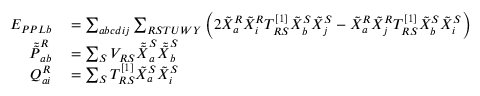
\begin{array} { r l } { E _ { P P L b } } & { { } = \sum _ { a b c d i j } \sum _ { R S T U W Y } \left( 2 \tilde { X } _ { a } ^ { R } \tilde { X } _ { i } ^ { R } T _ { R S } ^ { [ 1 ] } \tilde { X } _ { b } ^ { S } \tilde { X } _ { j } ^ { S } - \tilde { X } _ { a } ^ { R } \tilde { X } _ { j } ^ { R } T _ { R S } ^ { [ 1 ] } \tilde { X } _ { b } ^ { S } \tilde { X } _ { i } ^ { S } \right) } \\ { \tilde { \tilde { P } } _ { a b } ^ { R } } & { { } = \sum _ { S } V _ { R S } \tilde { \tilde { X } } _ { a } ^ { S } \tilde { \tilde { X } } _ { b } ^ { S } } \\ { Q _ { a i } ^ { R } } & { { } = \sum _ { S } T _ { R S } ^ { [ 1 ] } \tilde { X } _ { a } ^ { S } \tilde { X } _ { i } ^ { S } } \end{array}